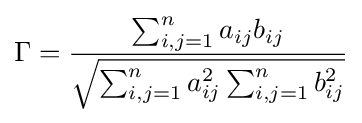
\Gamma ={\frac {\sum _{i,j=1}^{n}a_{ij}b_{ij}}{\sqrt {\sum _{i,j=1}^{n}a_{ij}^{2}\sum _{i,j=1}^{n}b_{ij}^{2}}}}